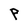
Character: P